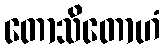
တောသိတောဟံ